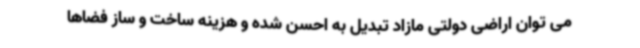
می توان اراضی دولتی مازاد تبدیل به احسن شده و هزینه ساخت و ساز فضاها